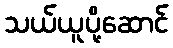
သယ်ယူပို့ဆောင်